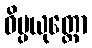
ဝိပ္ပယုတ္တော